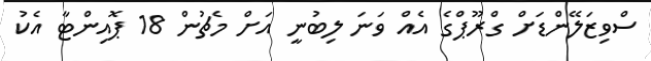
ސްވިޒަލޭންޑަށް ގްރޫޕްގެ އެއް ވަނަ ލިބުނީ އަށް މެޗުން 18 ޕޮއިންޓާ އެކު